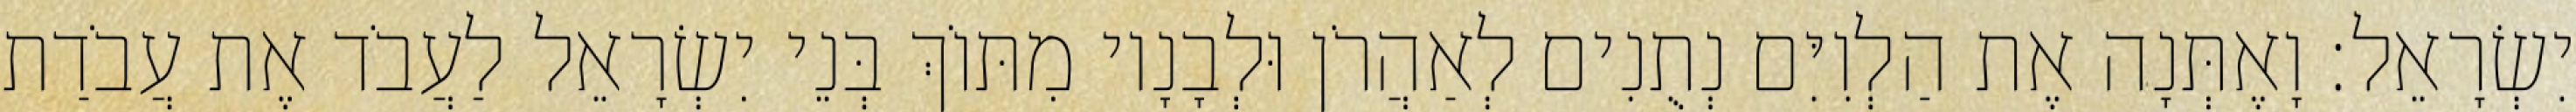
יִשְׂרָאֵל׃ וָאֶתְּנָה אֶת הַלְוִיִּם נְתֻנִים לְאַהֲרֹן וּלְבָנָיו מִתּוֹךְ בְּנֵי יִשְׂרָאֵל לַעֲבֹד אֶת עֲבֹדַת